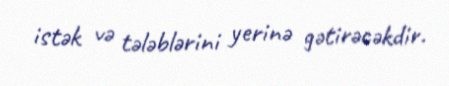
istək və tələblərini yerinə gətirəcəkdir.